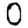
Digit: 0